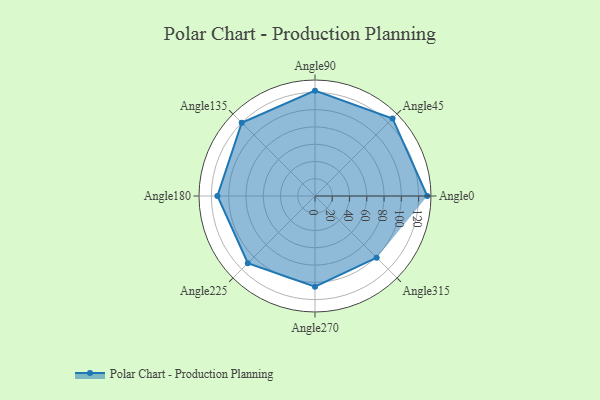
{"axis": {"x": "Angle", "y": "Radius"}, "legend": [""], "data": [{"x": "Angle0", "y": 130.0, "type": ""}, {"x": "Angle45", "y": 127.0, "type": ""}, {"x": "Angle90", "y": 122.0, "type": ""}, {"x": "Angle135", "y": 120.0, "type": ""}, {"x": "Angle180", "y": 113.0, "type": ""}, {"x": "Angle225", "y": 110.0, "type": ""}, {"x": "Angle270", "y": 105.0, "type": ""}, {"x": "Angle315", "y": 101.0, "type": ""}]}